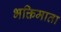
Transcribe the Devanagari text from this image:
भक्तिमाता